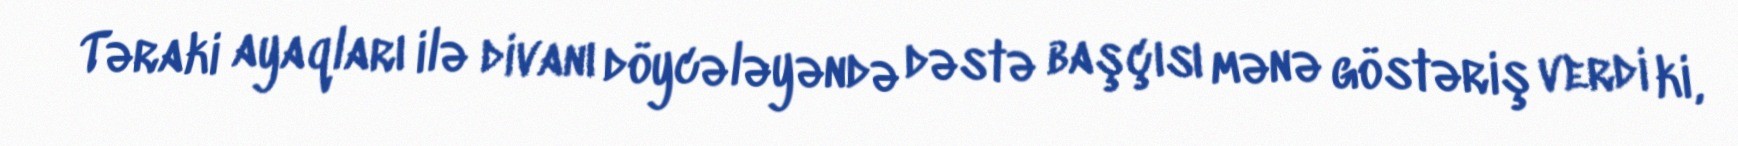
Təraki ayaqları ilə divanı döycələyəndə dəstə başçısı mənə göstəriş verdi ki,